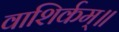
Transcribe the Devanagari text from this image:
वाशिर्कम्॥